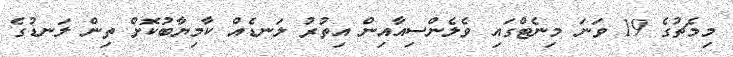
މިމެޗުގެ 19 ވަނަ މިނެޓްގައި ވެލެންސިއާއިން އިތުރު ލަނޑެއް ކާމިޔާބުކޮށް ތިން ލަނޑުގެ